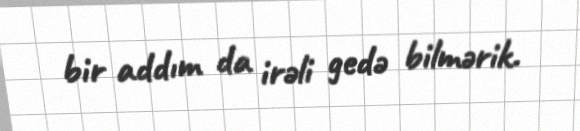
bir addım da irəli gedə bilmərik.